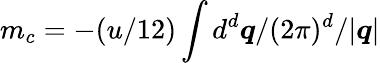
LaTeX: m_{c}=-(u/12)\int d^{d}{\boldsymbol{q}}/(2\pi)^{d}/|{\boldsymbol{q}}|